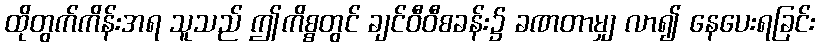
ထိုတွက်ကိန်းအရ သူသည် ဤကိစ္စတွင် ချင်ဝီဝီစခန်း၌ ခဏတာမျှ လာ၍ နေပေးရခြင်း